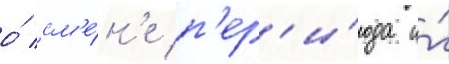
о́ см'е́н'е п'ер'и́ода и́